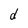
Character: d